Leprosy in India: report of the Leprosy Commission in India, 1890-91
Year: 1890
Disease focus: Leprosy
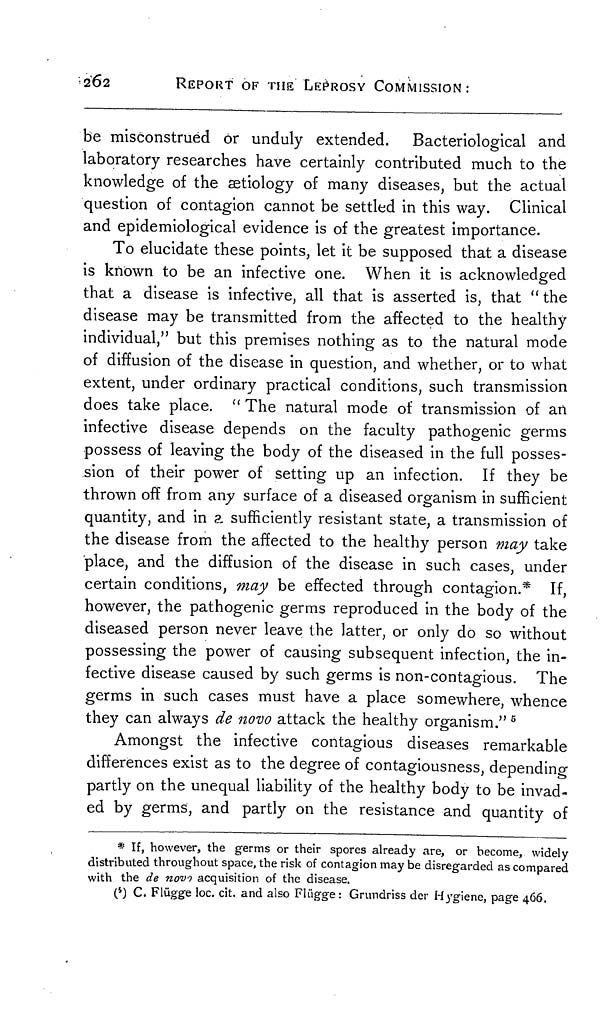
262
REPORT OF THE LEPROSY COMMISSION :
be misconstrued or unduly extended. Bacteriological and
laboratory researches have certainly contributed much to the
knowledge of the aetiology of many diseases, but the actual
question of contagion cannot be settled in this way. Clinical
and epidemiological evidence is of the greatest importance.
To elucidate these points, let it be supposed that a disease
is known to be an infective one. When it is acknowledged
that a disease is infective, all that is asserted is, that " the
disease may be transmitted from the affected to the healthy
individual," but this premises nothing as to the natural mode
of diffusion of the disease in question, and whether, or to what
extent, under ordinary practical conditions, such transmission
does take place. " The natural mode of transmission of an
infective disease depends on the faculty pathogenic germs
possess of leaving the body of the diseased in the full posses-
sion of their power of setting up an infection. If they be
thrown off from any surface of a diseased organism in sufficient
quantity, and in ?.. sufficiently resistant state, a transmission of
the disease from the affected to the healthy person may take
place, and the diffusion of the disease in such cases, under
certain conditions, may be effected through contagion.* If,
however, the pathogenic germs reproduced in the body of the
diseased person never leave the latter, or only do so without
possessing the power of causing subsequent infection, the in-
fective disease caused by such germs is non-contagious. The
germs in such cases must have a place somewhere, whence
they can always de novo attack the healthy organism." 5
Amongst the infective contagious diseases remarkable
differences exist as to the degree of contagiousness, depending
partly on the unequal liability of the healthy body to be invad-
ed by germs, and partly on the resistance and quantity of
* If, however, the germs or their spores already are, or become, widely
distributed throughout space, the risk of contagion may be disregarded as compared
with the de novo acquisition of the disease.
( 5 ) C. Flügge loc. cit. and also Flügge: Grundriss der Hygiene, page 466.